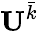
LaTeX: \textbf{U}^{\bar{k}}